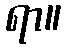
ရာ။